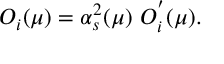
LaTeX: O _ { i } ( \mu ) = \alpha _ { s } ^ { 2 } ( \mu ) ~ O _ { i } ^ { ' } ( \mu ) .